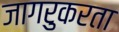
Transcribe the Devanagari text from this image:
जागरुकरता